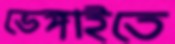
ভেঙ্গাইতে